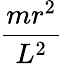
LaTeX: \frac{mr^{2}}{L^{2}}